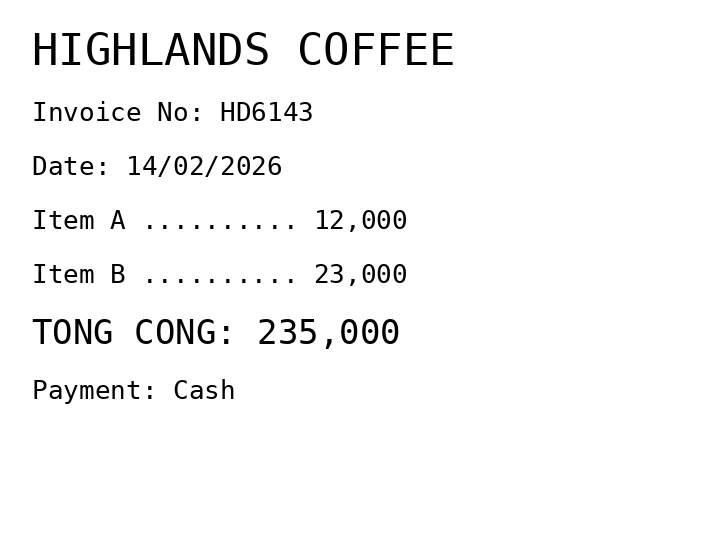
HIGHLANDS COFFEE
Invoice No: HD6143
Date: 14/02/2026
Item A .......... 12,000
Item B .......... 23,000
TONG CONG: 235,000
Payment: Cash
Merchant: highlands coffee
Date: 2026-02-14
Total: 235000
Invoice No: HD6143
Payment method: CASH